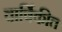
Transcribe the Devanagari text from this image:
वार्षिकीत